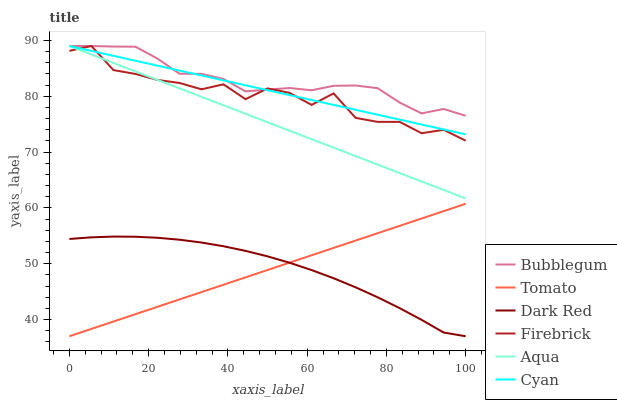
| xaxis_label | Bubblegum | Tomato | Dark Red | Firebrick | Aqua | Cyan |
 | --- | --- | --- | --- | --- | --- | --- |
 | 0 | 89 | 37 | 54.4 | 88.1 | 89 | 89 |
 | 5.56 | 89 | 38.3 | 54.7 | 89 | 87.5 | 88.1 |
 | 11.1 | 88.9 | 39.6 | 54.9 | 84.7 | 86 | 87.2 |
 | 16.7 | 88.9 | 41 | 54.8 | 84 | 84.4 | 86.4 |
 | 22.2 | 86.7 | 42.3 | 54.6 | 82.9 | 82.9 | 85.5 |
 | 27.8 | 84 | 43.6 | 54.3 | 82.4 | 81.4 | 84.6 |
 | 33.3 | 84 | 44.9 | 53.8 | 81.2 | 79.9 | 83.7 |
 | 38.9 | 83.1 | 46.2 | 53.1 | 82.1 | 78.4 | 82.8 |
 | 44.4 | 80.9 | 47.5 | 52.3 | 79.5 | 76.9 | 82 |
 | 50 | 81.2 | 48.9 | 51.3 | 81.4 | 75.3 | 81.1 |
 | 55.6 | 81.5 | 50.2 | 50.2 | 80.6 | 73.8 | 80.2 |
 | 61.1 | 81.1 | 51.5 | 48.9 | 78.5 | 72.3 | 79.3 |
 | 66.7 | 81.9 | 52.8 | 47.4 | 80.5 | 70.8 | 78.4 |
 | 72.2 | 81.9 | 54.1 | 45.8 | 76.1 | 69.3 | 77.6 |
 | 77.8 | 81.4 | 55.5 | 44 | 75.4 | 67.8 | 76.7 |
 | 83.3 | 78.9 | 56.8 | 42 | 75.4 | 66.2 | 75.8 |
 | 88.9 | 76.9 | 58.1 | 39.9 | 73.4 | 64.7 | 74.9 |
 | 94.4 | 77.7 | 59.4 | 37.7 | 74 | 63.2 | 74.1 |
 | 100 | 76.5 | 60.7 | 37 | 72 | 61.7 | 73.2 |